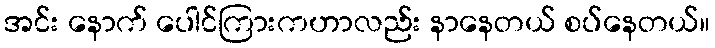
အင်း နောက် ပေါင်ကြားကဟာလည်း နာနေတယ် စပ်နေတယ်။